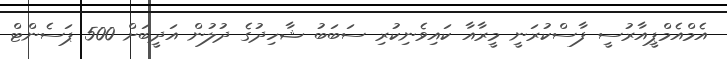
އެމްއެމްޕީއާރުސީ ފާސްކުރަނީ މީރާއާ ކައިވެނިކުރި ސަބަބު ޝާހިދުގެ ދުލުން އަދީބަށް 500 ޕަސެންޓް